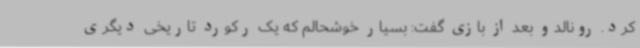
کرد. رونالدو بعد از بازی گفت: بسیار خوشحالم که یک رکورد تاریخی دیگری